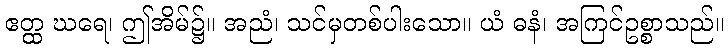
ဧတ္ထ ဃရေ၊ ဤအိမ်၌။ အညံ၊ သင်မှတစ်ပါးသော။ ယံ ဓနံ၊ အကြင်ဥစ္စာသည်။